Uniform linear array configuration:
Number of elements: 32
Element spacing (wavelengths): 1
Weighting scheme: binomial
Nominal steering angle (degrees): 15
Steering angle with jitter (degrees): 16.327
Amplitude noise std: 0.05
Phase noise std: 0.05

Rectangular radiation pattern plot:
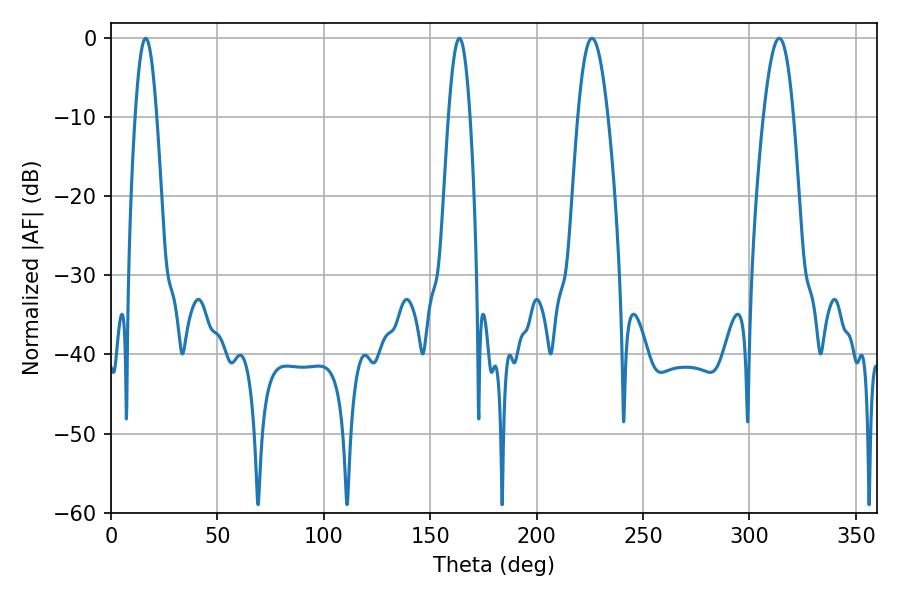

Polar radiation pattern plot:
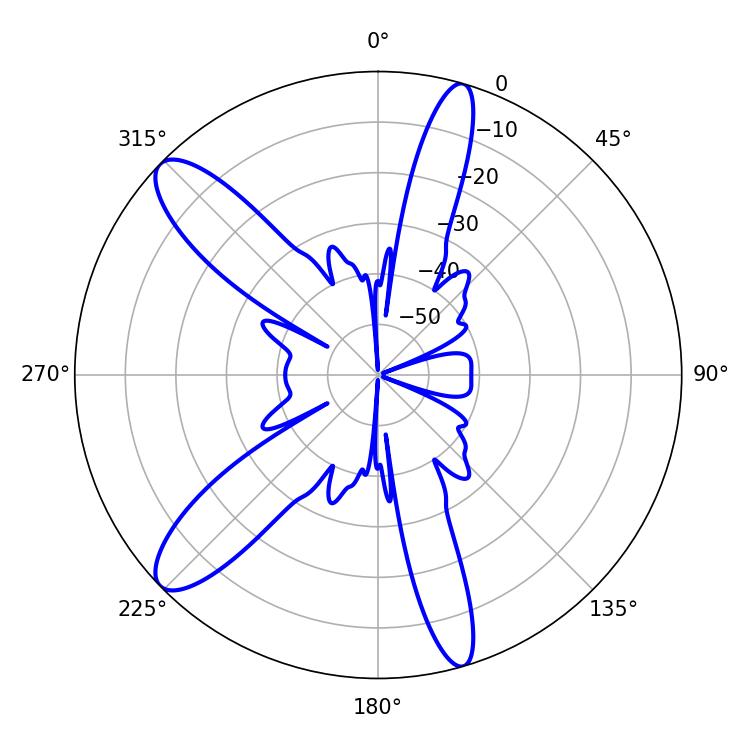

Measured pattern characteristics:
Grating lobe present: TRUE
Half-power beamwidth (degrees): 7.74
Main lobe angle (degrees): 226.08